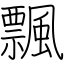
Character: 飄